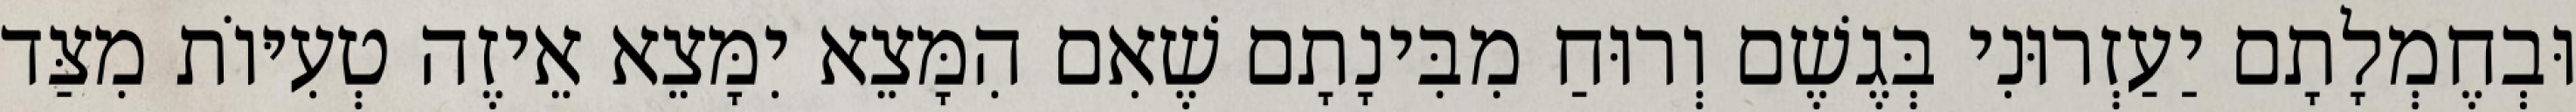
וּבְחֶמְלָתָם יַעַזְרוּנִי בְּגֶשֶׁם וְרוּחַ מִבִּינָתָם שֶׁאִם הִמָּצֵא יִמָּצֵא אֵיזֶה טְעִיּוֹת מִצַּד